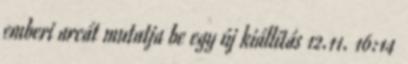
emberi arcát mutatja be egy új kiállítás 12.11. 16:14